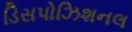
ડિસપોઝિશનલ